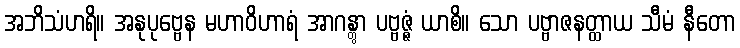
အဘိသံဟရိ။ အနုပုဗ္ဗေန မဟာဝိဟာရံ အာဂန္တွာ ပဗ္ဗဇ္ဇံ ယာစိ။ သော ပဗ္ဗာဇနတ္ထာယ သီမံ နီတော